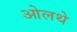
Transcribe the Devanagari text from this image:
ओलथे